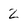
Character: 2